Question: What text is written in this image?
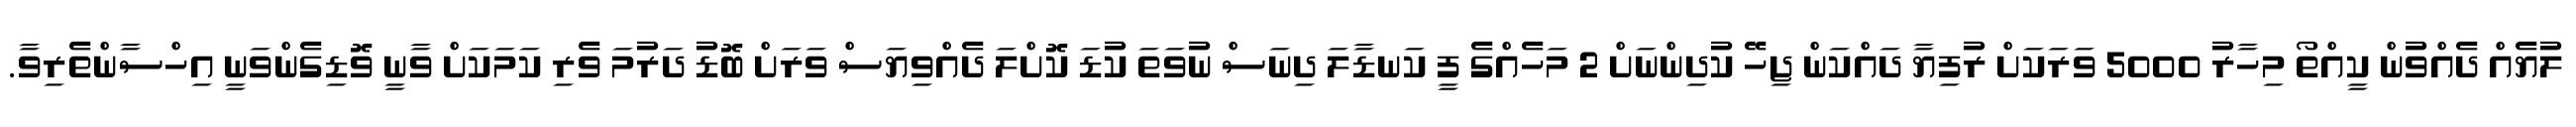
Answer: ލުޔެއް ދެއްވުން ކީއްތޯ މިހާރު 5000 ވަރަކަށް ރުފިޔާ ދައްކަން ޖިހޭ ކުދިންނަށް 2 މަހެއްގެ ފީ ކަނޑާލަ ދިނަސް ނުވަތަ ކުޑަ ކޮށްލަ ދެއްވިޔަސް ވަރަށް ބޮޑު ދަރުމަ ވެރި ކަމަކަށް ވާނީ ވޮޑިގެންވަނީ އިހްސާންތެރިވާ.